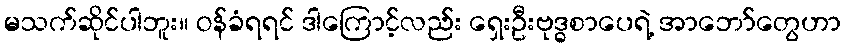
မသက်ဆိုင်ပါဘူး။ ဝန်ခံရရင် ဒါကြောင့်လည်း ရှေးဦးဗုဒ္ဓစာပေရဲ့ အာဘော်တွေဟာ